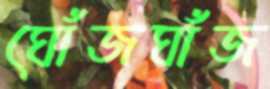
ঘোঁজঘাঁজ